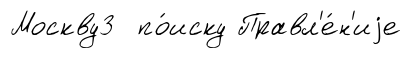
Москву3 по́иску Правл'е́н'иjе